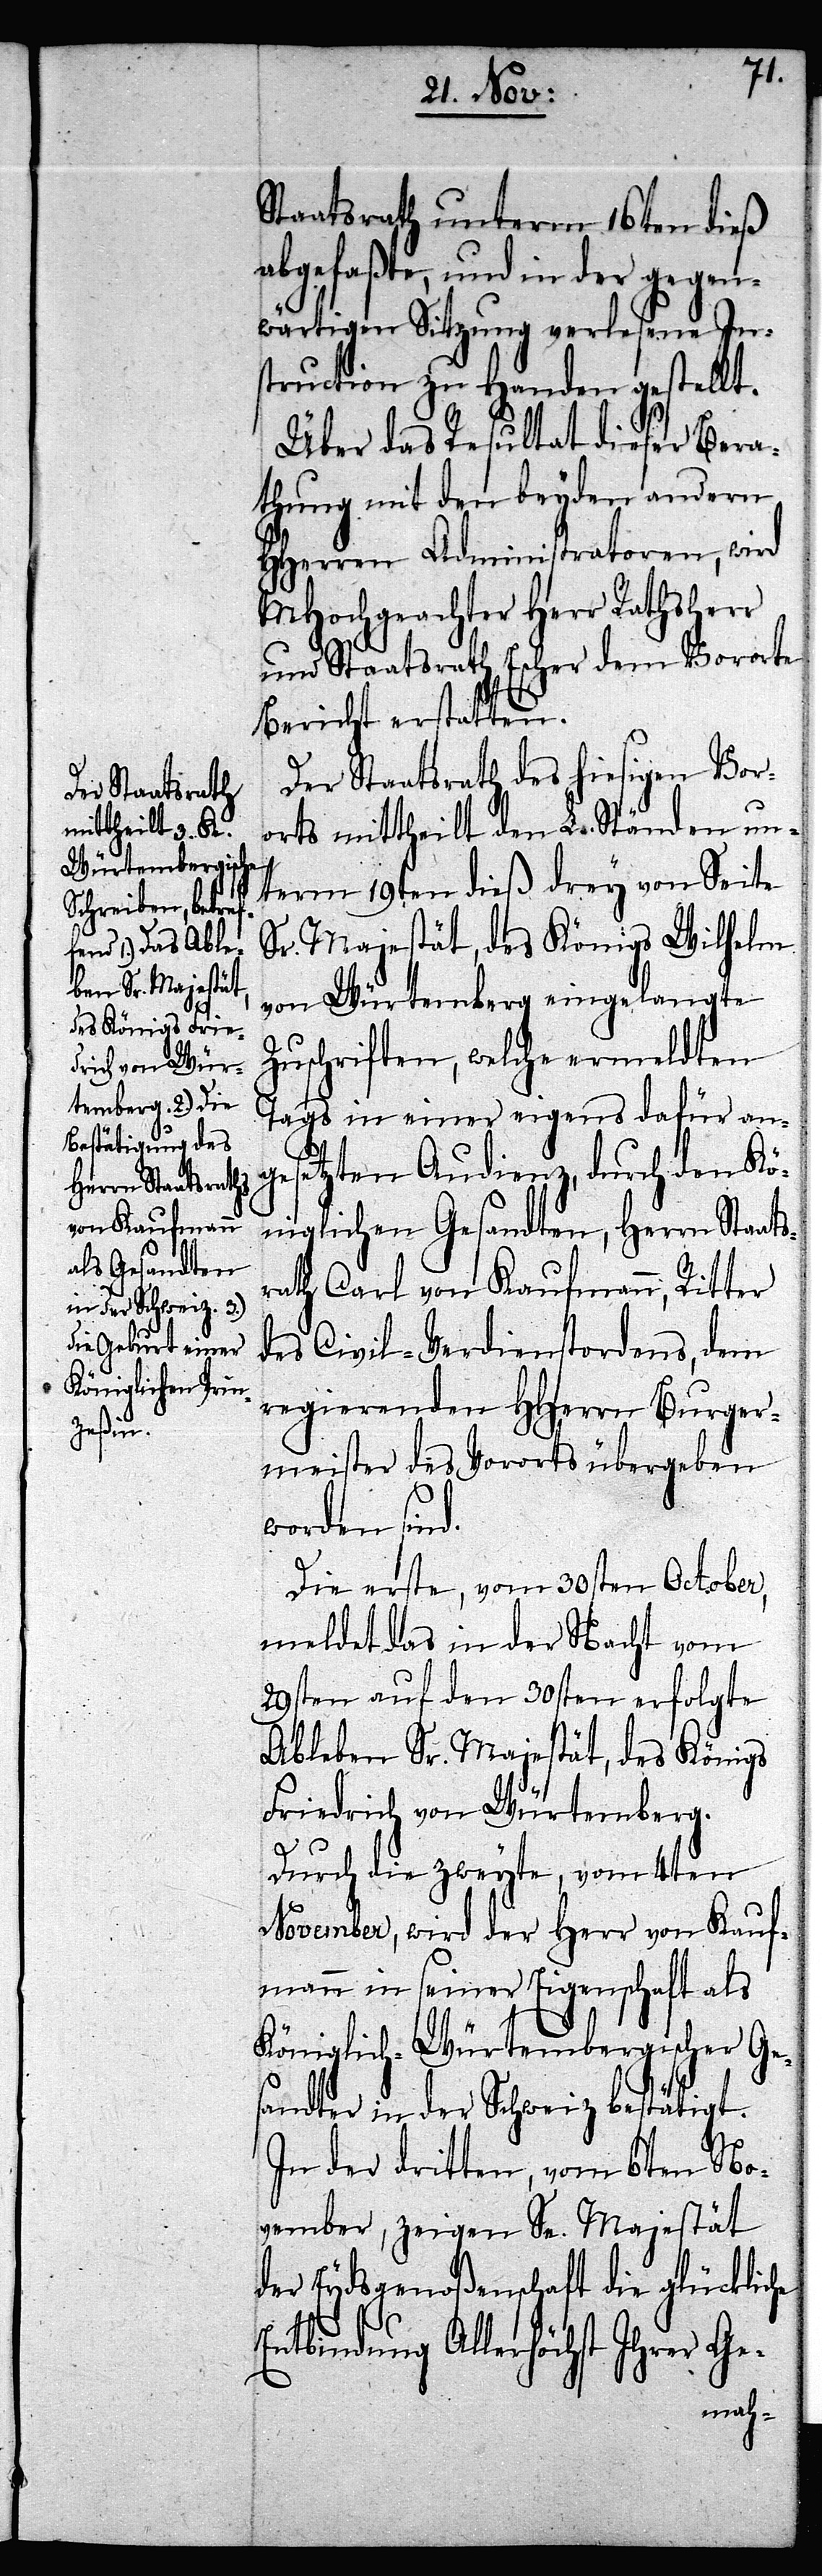
Staatsrath unterm 16ten dieß
abgefaßte, und in der gegen¬
wärtigen Sitzung verlesene In¬
struction zu Handen gestellt.
Über das Resultat dieser Bera¬
thung mit den beyden andern
HHerren Administratoren, wird
MHochgeachter Herr Rathsherr
und Staatsrath Escher dem Vororte
Bericht erstatten.
Der Staatsrath des hiesigen Vor¬
orts mittheilt den L. Ständen un¬
term 19ten dieß drey von Seite
Sr. Majestät, des Königs Wilhelm
von Würtemberg eingelangte
Zuschriften, welche ermeldten
Tags in einer eigens dafür anges¬
etzten Audienz, durch den Kö¬
s¬
niglichen Gesandten, Herrn Staat¬
rath Carl von Kaufmann, Ritter
des Civil-Verdienstordens, dem
regierenden HHerrn Burger¬
meister des Vororts übergeben
worden sind.
Die erste, vom 30sten October,
meldet das in der Nacht vom
29sten auf den 30sten erfolgte
Ableben Sr. Majestät, des Königs
Friedrich von Würtemberg.
Durch die zweyte, vom 4ten
November, wird der Herr von Kauf¬
mann in seiner Eigenschaft als
Königlich Würtembergischer Ge¬
sandter in der Schweiz bestätigt.
In der dritten, vom 6ten No¬
vember, zeigen Se. Majestät
der Eydsgenoßenschaft die glückliche
Entbindung Allerhöchst Ihrer Ge-